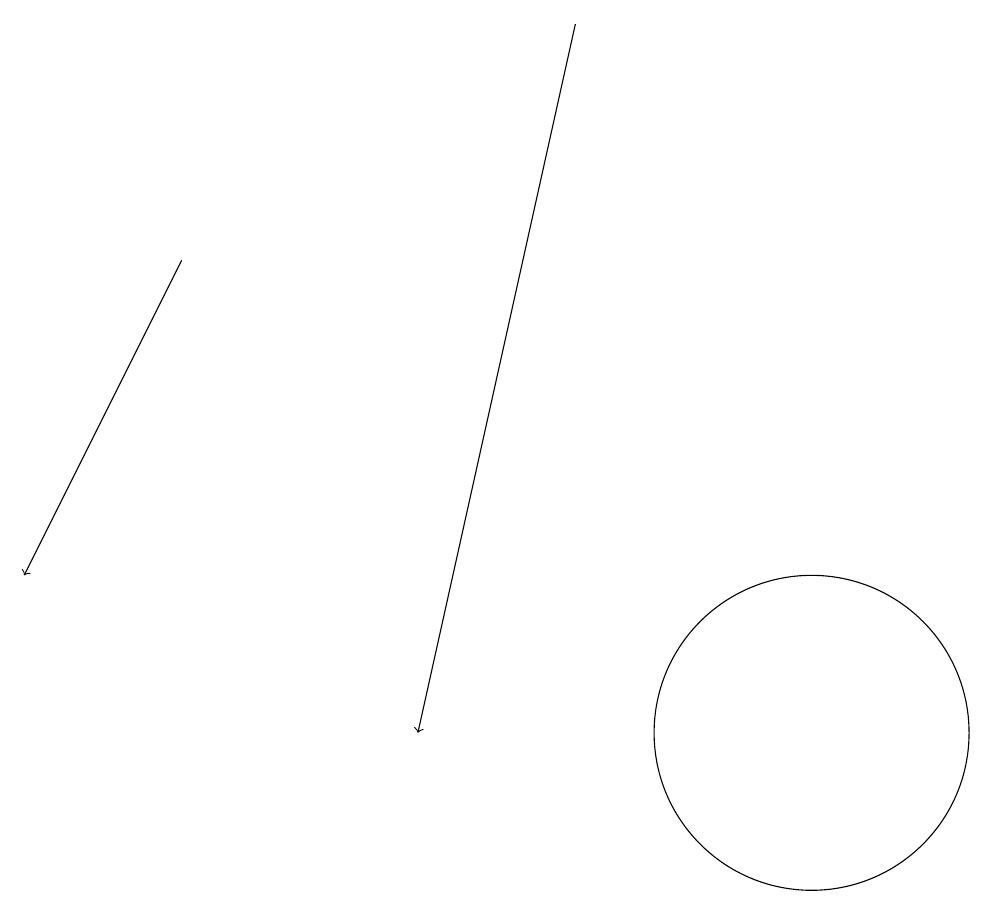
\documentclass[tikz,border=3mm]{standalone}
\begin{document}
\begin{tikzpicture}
\draw[->] (2,16) -- (0,12);
\draw (10,10) circle (2);
\draw[->] (7,19) -- (5,10);
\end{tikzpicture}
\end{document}